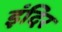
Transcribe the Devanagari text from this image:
इंदिर